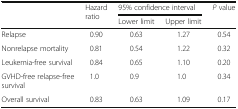
| <ROWSPAN=2>  | <ROWSPAN=2> Hazard ratio | <COLSPAN=2> 95% confidence interval | <ROWSPAN=2> P value |
 | Lower limit | Upper limit |
 | --- | --- | --- | --- | --- |
 | Relapse | 0.90 | 0.63 | 1.27 | 0.54 |
 | Nonrelapse mortality | 0.81 | 0.54 | 1.22 | 0.32 |
 | Leukemia-free survival | 0.84 | 0.65 | 1.10 | 0.20 |
 | GVHD-free relapse-free survival | 1.0 | 0.9 | 1.0 | 0.34 |
 | Overall survival | 0.83 | 0.63 | 1.09 | 0.17 |